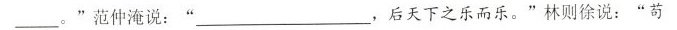
___。”范仲淹说：“___，后天下之乐而乐。”林则徐说：”苟